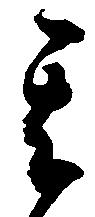
其